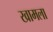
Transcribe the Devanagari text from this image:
खामला